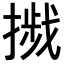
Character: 𢳴